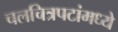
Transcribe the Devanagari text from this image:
चलचित्रपटांमध्ये